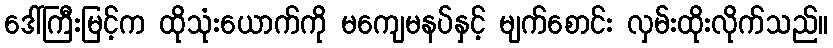
ဒေါ်ကြီးမြင့်က ထိုသုံးယောက်ကို မကျေမနပ်နှင့် မျက်စောင်း လှမ်းထိုးလိုက်သည်။